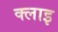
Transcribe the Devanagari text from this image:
क्लाइ